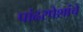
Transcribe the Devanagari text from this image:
पांढरपेशांचे